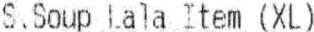
S.SOUP LALA ITEM (XL)